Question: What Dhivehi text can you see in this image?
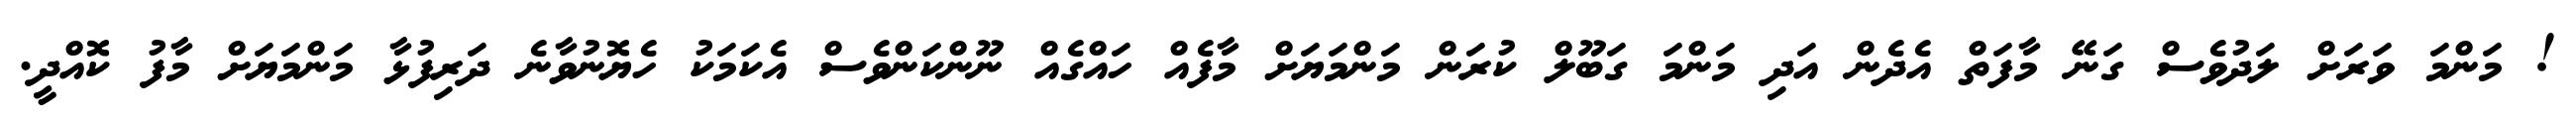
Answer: ! މަންމަ ވަރަށް ލަދުވެސް ގަނޭ މާފަތް އެދެން އަދި މަންމަ ގަބޫލް ކުރަން މަންމަޔަށް މާފެއް ހައްގެއް ނޫންކަންވެސް އެކަމަކު ހެޔޮނުވާނެ ދަރިފުޅާ މަންމަޔަށް މާފު ކޮއްދީ.